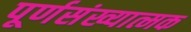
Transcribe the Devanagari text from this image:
पूर्णसंख्यात्मक